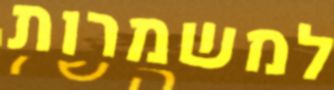
למשמרות